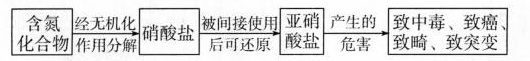
\boxed{含氮化合物}\xrightarrow[作用分解]{经无机化}\boxed{硝酸盐}\xrightarrow[后可还原]{被间接使用}\boxed{亚硝酸盐}\xrightarrow[危害]{产生的}\boxed{致中毒、致癌、致畸、致突变}